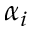
\alpha _ { i }